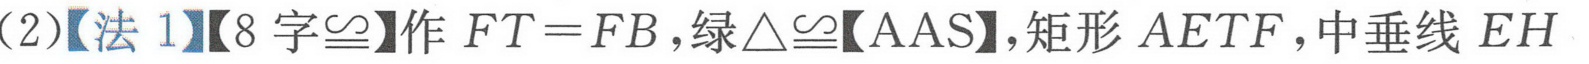
(2)【法 1】【8 字\(\cong\)】作 \(FT = FB\)，绿\(\triangle\cong\)【AAS】，矩形 \(AETF\)，中垂线 \(EH\)